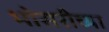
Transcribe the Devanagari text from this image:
भोसरीच्या